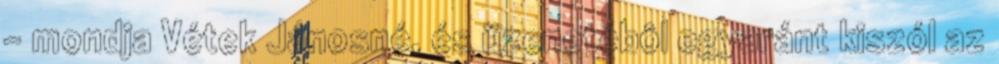
– mondja Vétek Jánosné, és üzenetébôl egyaránt kiszól az